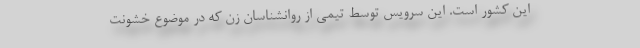
این کشور است. این سرویس توسط تیمی از روانشناسان زن که در موضوع خشونت